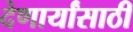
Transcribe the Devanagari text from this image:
देणार्यांसाठी